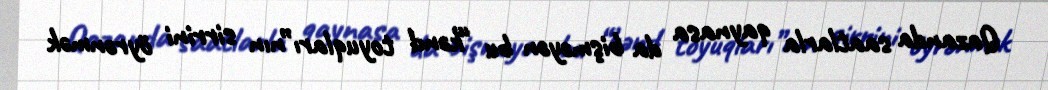
Qazanda saatlarla qaynasa da bişməyən bu “kənd toyuqları”nın sirrini öyrənmək